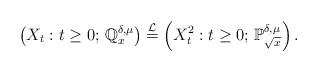
LaTeX: \begin{align*}\left(X_t:t\geq 0;\,\mathbb{Q}_x^{\delta,\mu}\right)\stackrel{\mathcal{L}}{=}\left(X_t^2:t\geq 0;\,\mathbb{P}_{\sqrt{x}}^{\delta,\mu}\right).\end{align*}